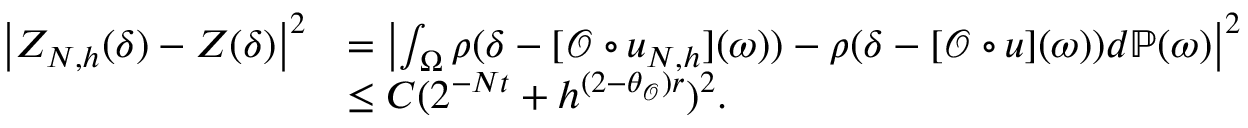
\begin{array} { r l } { \left| Z _ { N , h } ( \delta ) - Z ( \delta ) \right| ^ { 2 } } & { = \left| \int _ { \Omega } \rho ( \delta - [ \mathcal { O } \circ u _ { N , h } ] ( \omega ) ) - \rho ( \delta - [ \mathcal { O } \circ u ] ( \omega ) ) d \mathbb { P } ( \omega ) \right| ^ { 2 } } \\ & { \le C ( 2 ^ { - N t } + h ^ { ( 2 - \theta _ { \mathcal { O } } ) r } ) ^ { 2 } . } \end{array}